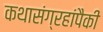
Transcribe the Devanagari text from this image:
कथासंग्रहांपैकी